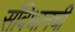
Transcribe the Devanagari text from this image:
संविधानची